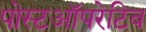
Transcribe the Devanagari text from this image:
पोस्टऑपरेटिव